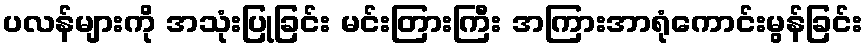
ပလန်များကို အသုံးပြုခြင်း မင်းတြားကြီး အကြားအာရုံကောင်းမွန်ခြင်း